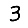
Digit: 3